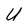
Character: U